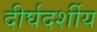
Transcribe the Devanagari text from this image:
दीर्घदर्शीय